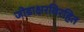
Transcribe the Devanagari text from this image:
जोडाक्षरविरहित